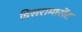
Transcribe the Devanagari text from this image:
डिसरामासेंट